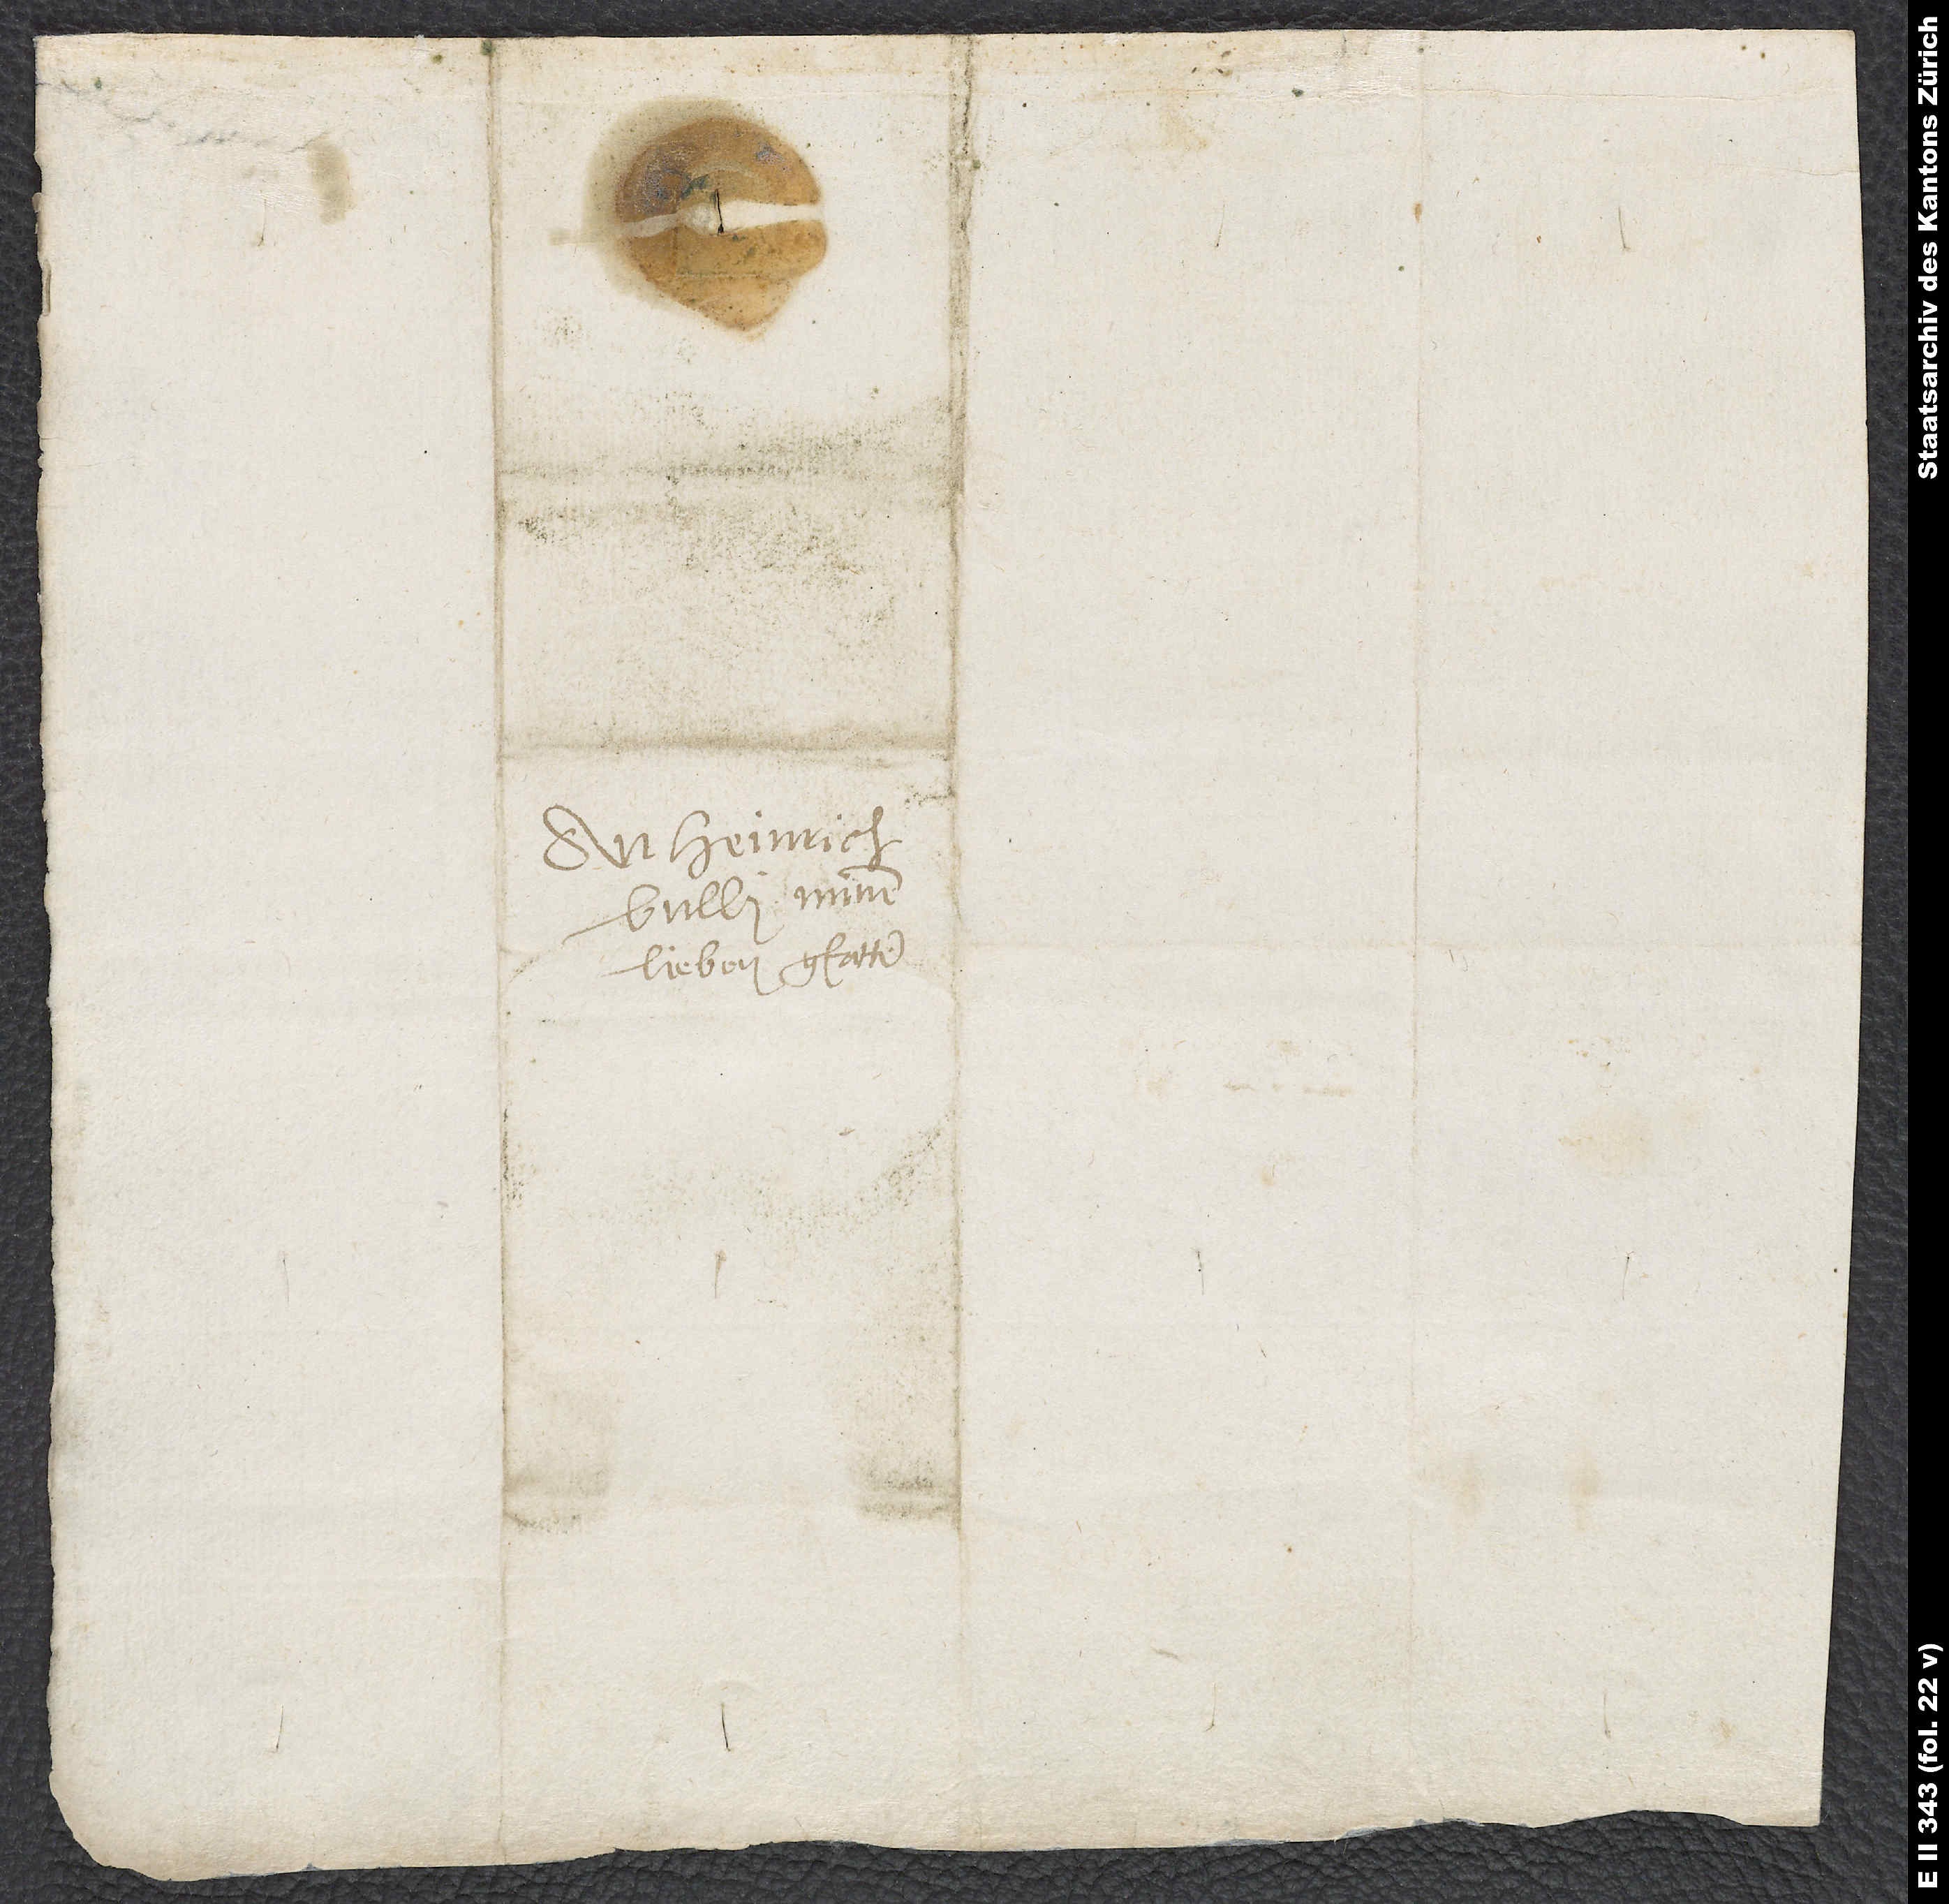
An Heinrich
Bulli, minen
lieben gfatter.